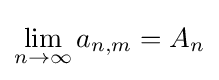
\lim _{n\to \infty }a_{n,m}=A_{n}